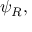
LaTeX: \psi _ { R } ,